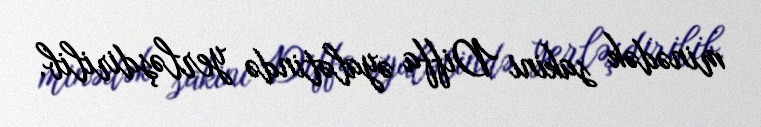
minədək sakini Diffa əyalətində yerləşdirilib.